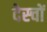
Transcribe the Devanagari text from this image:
देस्चों